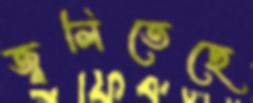
জ্বলিতেছে